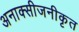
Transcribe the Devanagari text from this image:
अनाक्सीजनीकृत